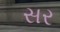
સર